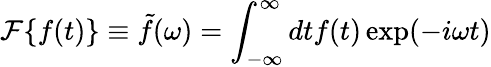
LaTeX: \mathcal{F}\{ f(t)\} \equiv\tilde{f}(\omega)=\int_{-\infty}^{\infty}dtf(t)\exp(-i\omega t)